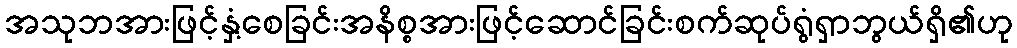
အသုဘအားဖြင့်နှံ့စေခြင်းအနိစ္စအားဖြင့်ဆောင်ခြင်းစက်ဆုပ်ရွံရှာဘွယ်ရှိ၏ဟု